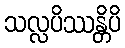
သလ္လပိဿန္တိပိ